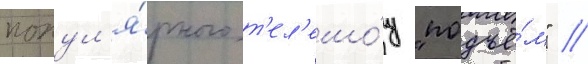
попул'я́рного т'ел'ешо́у "подъё́м" //